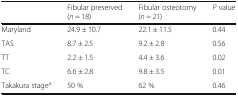
<table><thead><tr><td></td><td><b>Fibular preserved (<i>n</i> = 18)</b></td><td><b>Fibular osteotomy (<i>n</i> = 21)</b></td><td><b><i>P</i> value</b></td></tr></thead><tbody><tr><td>Maryland</td><td>24.9 ± 10.7</td><td>22.1 ± 11.5</td><td>0.44</td></tr><tr><td>TAS</td><td>8.7 ± 2.5</td><td>9.2 ± 2.8</td><td>0.56</td></tr><tr><td>TT</td><td>2.2 ± 1.5</td><td>4.4 ± 3.6</td><td>0.02</td></tr><tr><td>TC</td><td>6.6 ± 2.8</td><td>9.8 ± 3.5</td><td>0.01</td></tr><tr><td>Takakura stage<sup>a</sup></td><td>50 %</td><td>62 %</td><td>0.46</td></tr></tbody></table>